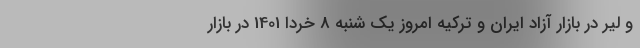
و لیر در بازار آزاد ایران و ترکیه امروز یک شنبه 8 خردا 1401 در بازار